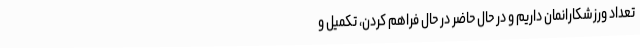
تعداد ورزشکارانمان داریم و در حال حاضر در حال فراهم کردن، تکمیل و